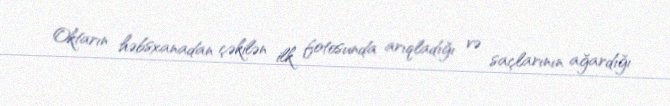
Oktarın həbsxanadan çəkilən ilk fotosunda arıqladığı və saçlarının ağardığı